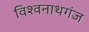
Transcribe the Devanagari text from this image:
विश्‍वनाथगंज